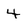
Character: 4